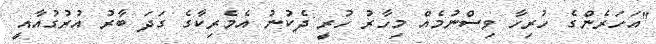
"އަހަރެންގެ ހުރިހާ ވިސްނުމެއް މިހާރު ހުރީ ދެކުނު އެމެރިކާގެ ގަދަ ބާރު އުރުގުއާއީ